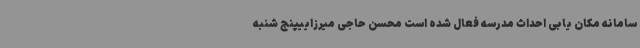
سامانه مکان یابی احداث مدرسه فعال شده است محسن حاجی میرزاییپنج شنبه